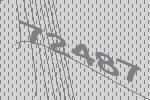
72487